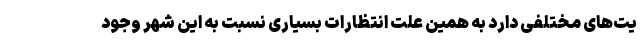
یت‌های مختلفی دارد به همین علت انتظارات بسیاری نسبت به این شهر وجود